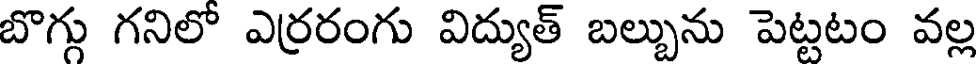
బొగ్గు గనిలో ఎర్రరంగు విద్యుత్ బల్బును పెట్టటం వల్ల